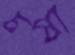
চষা